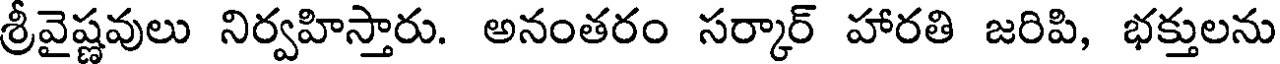
శ్రీవైష్ణవులు నిర్వహిస్తారు. అనంతరం సర్కార్ హారతి జరిపి, భక్తులను